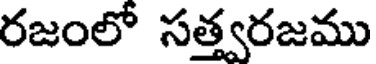
రజంలో సత్త్వరజము